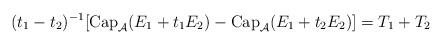
LaTeX: \begin{align*} ( t_1 - t_2)^{-1} [ \mbox{Cap}_{\mathcal{A}} ( E_1 + t_1 E_2) - \mbox{Cap}_{\mathcal{A}} ( E_1 + t_2 E_2) ] =T_1+T_2\end{align*}